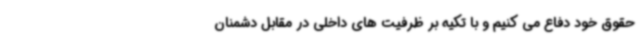
حقوق خود دفاع می کنیم و با تکیه بر ظرفیت های داخلی در مقابل دشمنان